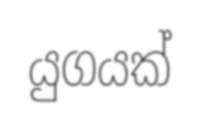
යුගයක්